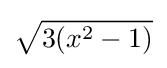
{\sqrt {3(x^{2}-1)}}